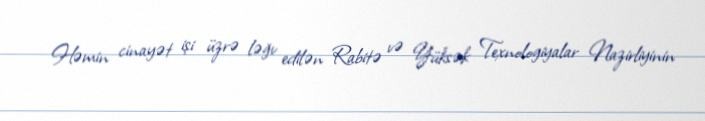
Həmin cinayət işi üzrə ləğv edilən Rabitə və Yüksək Texnologiyalar Nazirliyinin